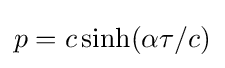
p=c\sinh(\alpha \tau /c)